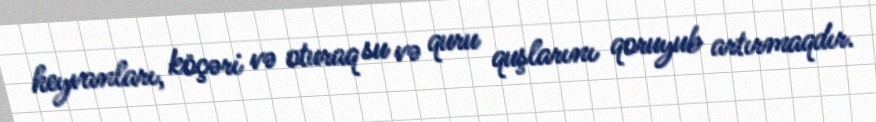
heyvanları, köçəri və oturaq su və quru quşlarını qoruyub artırmaqdır.